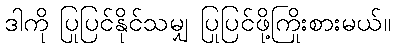
ဒါကို ပြုပြင်နိုင်သမျှ ပြုပြင်ဖို့ကြိုးစားမယ်။